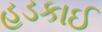
હડકાઈ